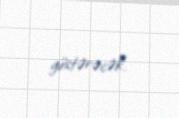
göstərəcək.